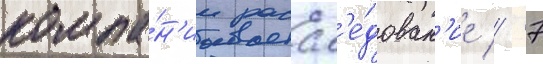
компа́н'ии рассл'е́дован'ие // 7